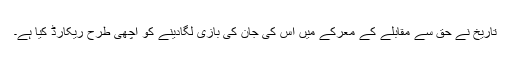
تاریخ نے حق سے مقابلے کے معرکے میں اُس کی جان کی بازی لگادینے کو اچھی طرح ریکارڈ کیا ہے۔